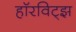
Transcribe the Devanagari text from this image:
हॉरविट्झ